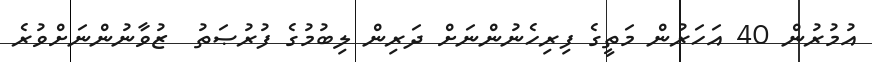
އުމުރުން 40 އަހަރުން މަތީގެ ފިރިހެނުންނަށް ދަރިން ލިބުމުގެ ފުރުޞަތު  ޒުވާނުންނަށްވުރެ